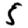
Digit: 5